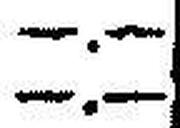
—.—